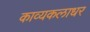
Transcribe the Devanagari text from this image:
काव्यकलाधर